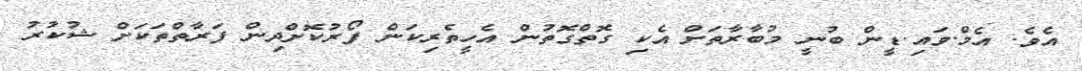
އެވެ. އެމް.ވައި.ޑީން ބުނީ މުބާރާތަށް އެކި ގޮތްގޮތުން އެހީތެރިކަން ފޯރުކޮށްދިން ފަރާތްތަކަށް ޝުކުރު